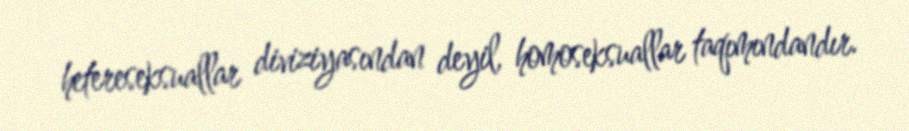
hetereseksuallar diviziyasından deyil, homoseksuallar taqımındandır.